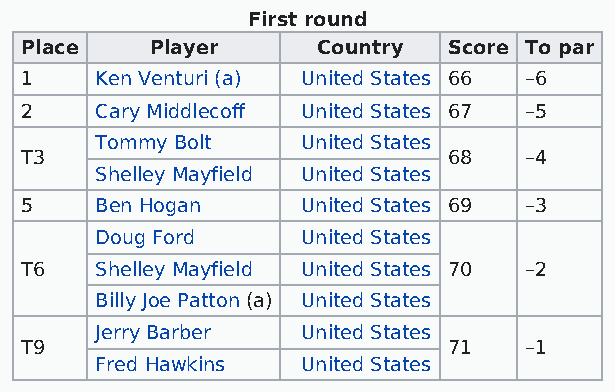
First round
 Place    Player     Country  Score To par
 1    Ken Venturi (a) United States 66 –6
 2    Cary Middlecoff United States 67 –5
 Tommy Bolt    United States
 T3                           68   –4
 Shelley Mayfield United States
 5    Ben Hogan     United States 69 –3
 Doug Ford     United States
 T6   Shelley Mayfield United States 70 –2
 Billy Joe Patton (a) United States
 Jerry Barber  United States
 T9                           71   –1
 Fred Hawkins  United States